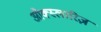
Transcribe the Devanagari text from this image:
औक्स्लारिज़